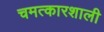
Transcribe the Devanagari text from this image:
चमत्कारशाली